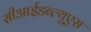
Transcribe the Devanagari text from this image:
सीआईडब्‍ल्‍यूएस